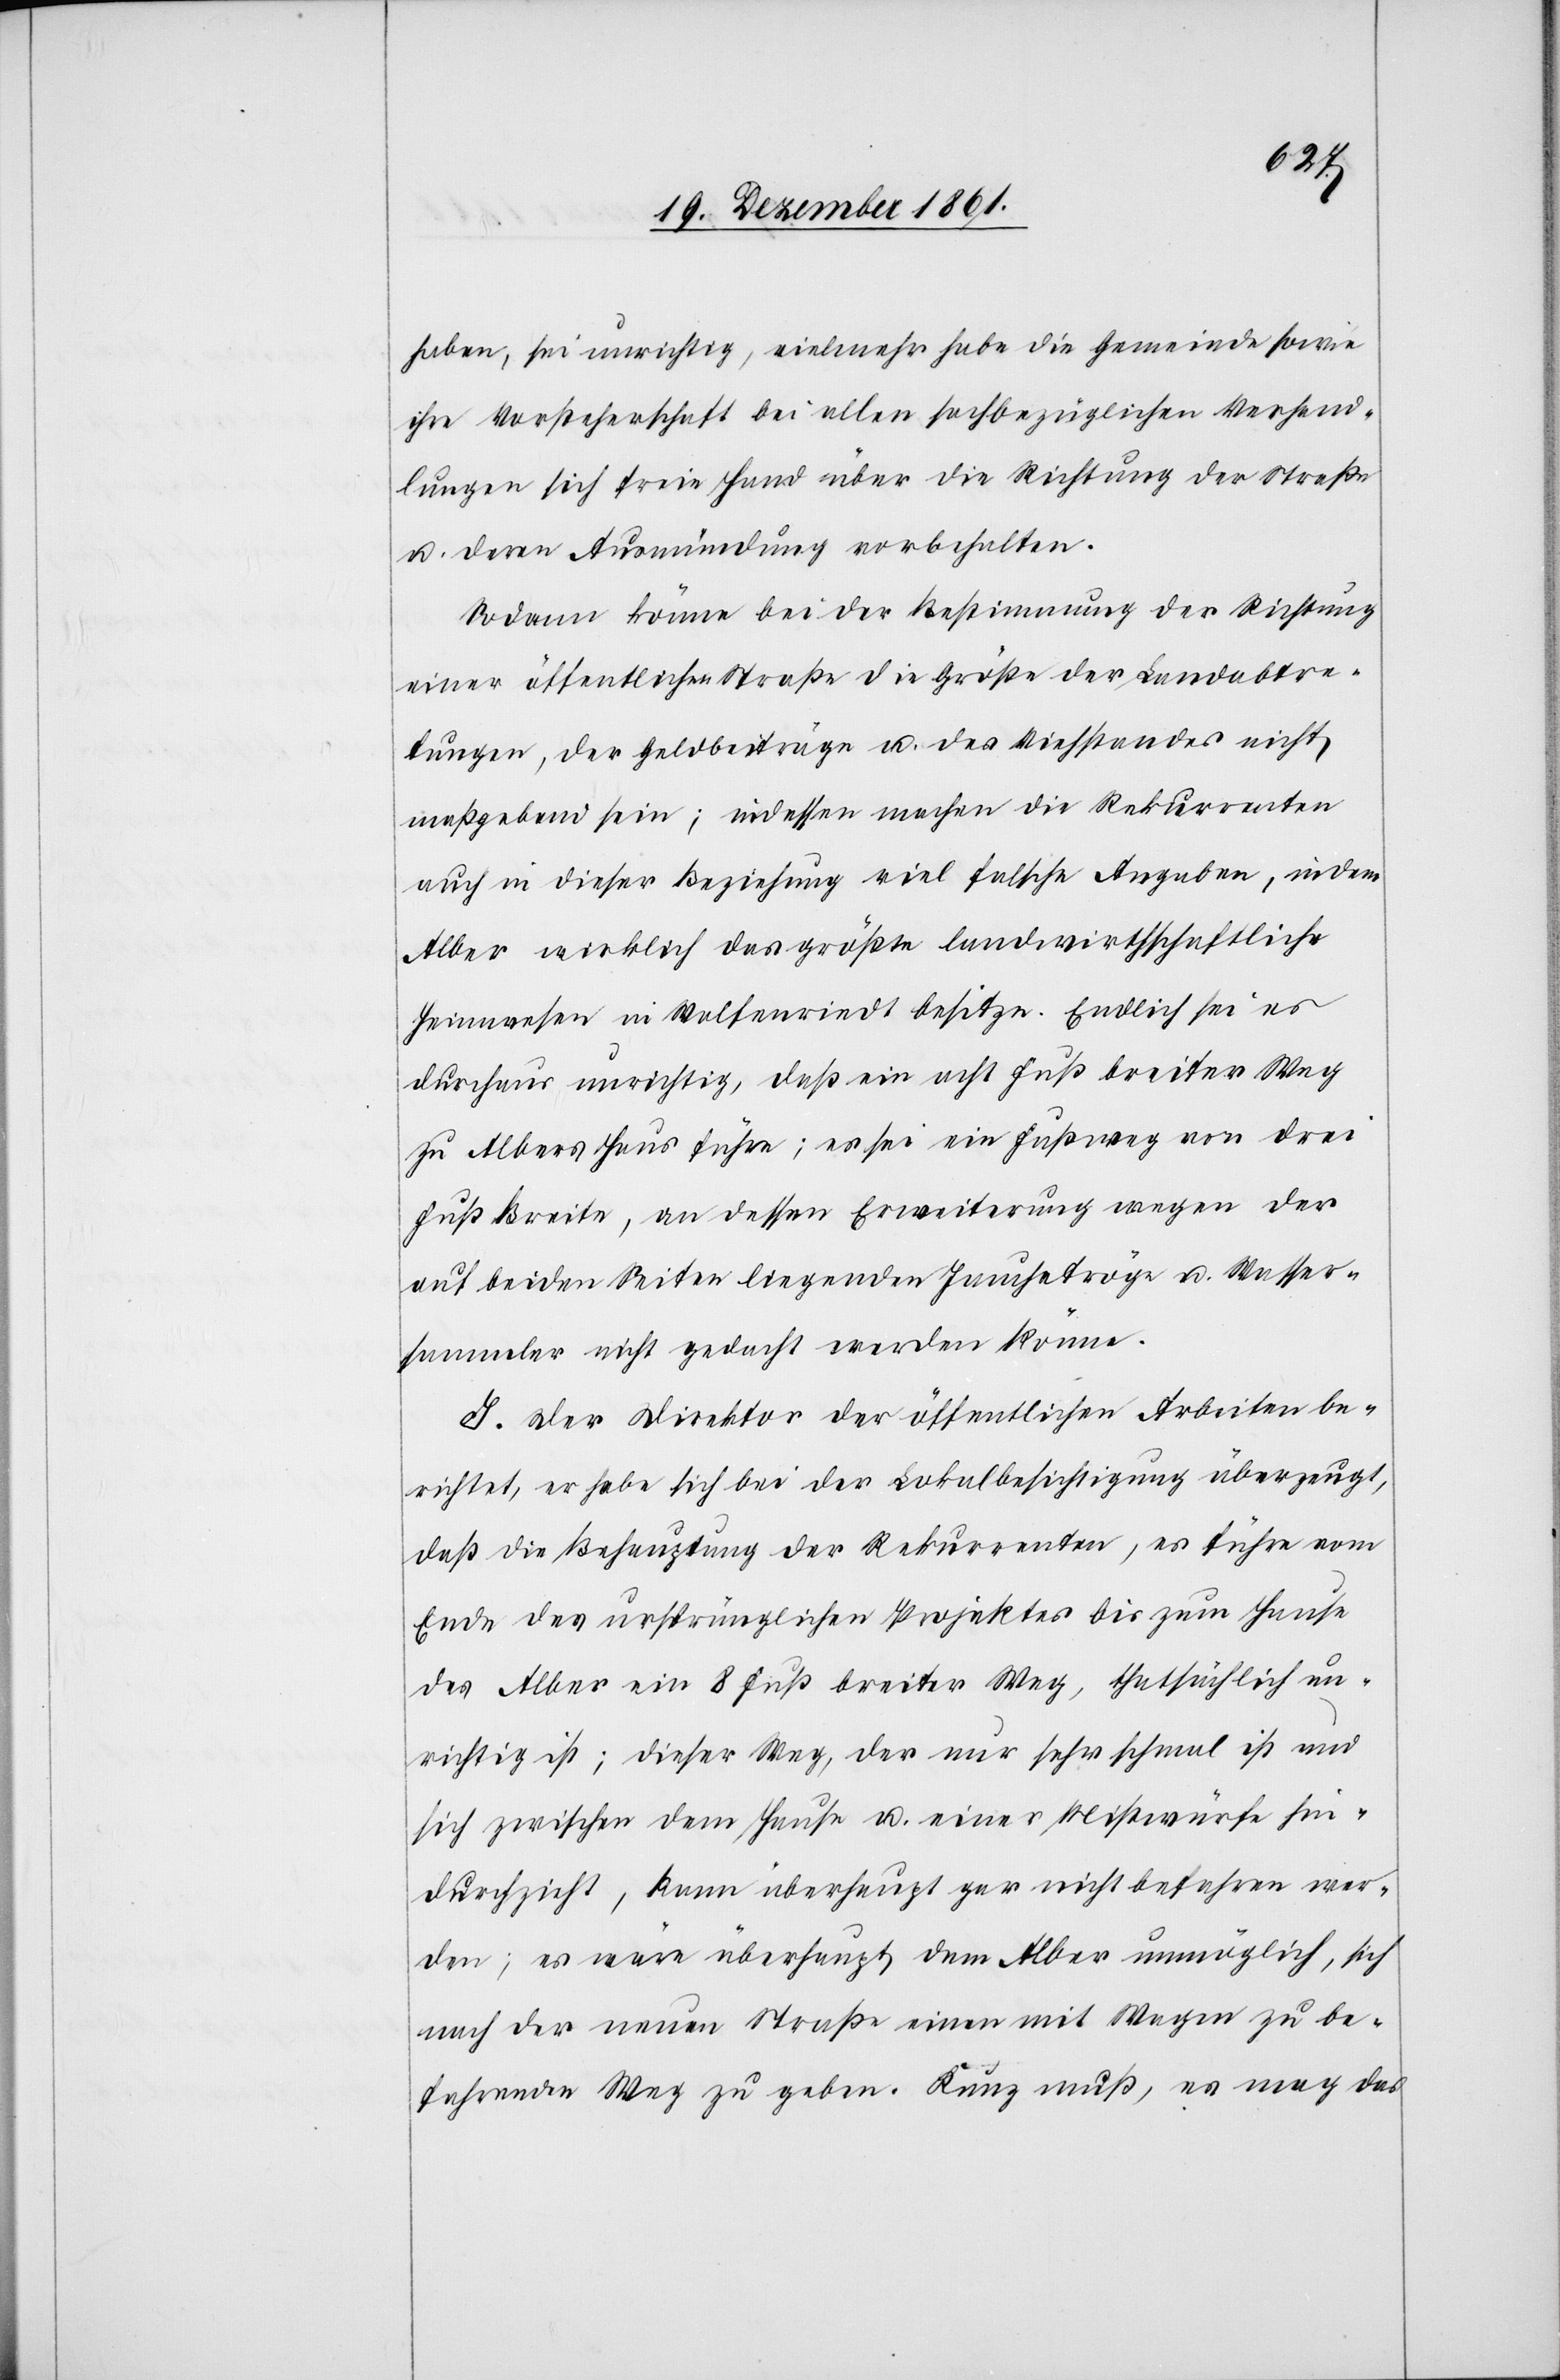
haben, sei unrichtig, vielmehr habe die Gemeinde sowie
ihre Vorsteherschaft bei allen sachbezüglichen Verhand¬
lungen sich freie Hand über die Richtung der Straße
u. deren Ausmündung vorbehalten.
Sodann könne bei der Bestimmung der Richtung
einer öffentlichen Straße die Größe der Landabtre¬
tungen, der Geldbeiträge u. des Viehstandes nicht
maßgebend sein; indessen machen die Rekurrenten
auch in dieser Beziehung viel falsche Angaben, indem
Alber wirklich das größte landwirthschaftliche
Heimwesen in Wolfenriedt besitze. Endlich sei es
durchaus unrichtig, daß ein acht Fuß breiter Weg
zu Albers Haus führe; es sei ein Fußweg von drei
Fuß Breite, an dessen Erweiterung wegen der
auf beiden Seiten liegenden Jauchetröge u. Wasser¬
sammler nicht gedacht werden könne.
J. Der Direktor der öffentlichen Arbeiten be¬
richtet, er habe sich bei der Lokalbesichtigung überzeugt,
daß die Behauptung der Rekurrenten, es führe vom
Ende des ursprünglichen Projektes bis zum Hause
des Alber ein 8 Fuß breiter Weg, thatsächlich un¬
richtig ist; dieser Weg, der nur sehr schmal ist und
sich zwischen dem Hause u. einer Mistwürfe hin¬
durchzieht, kann überhaupt gar nicht befahren wer¬
den; es wäre überhaupt dem Alber unmöglich, sich
nach der neuen Straße einen mit Wagen zu be¬
fahrenden Weg zu geben. Kunz muß, es mag das